Annual report of the Punjab Veterinary College and of the Civil Veterinary Department, Punjab - 1920-1925
Year: 1920
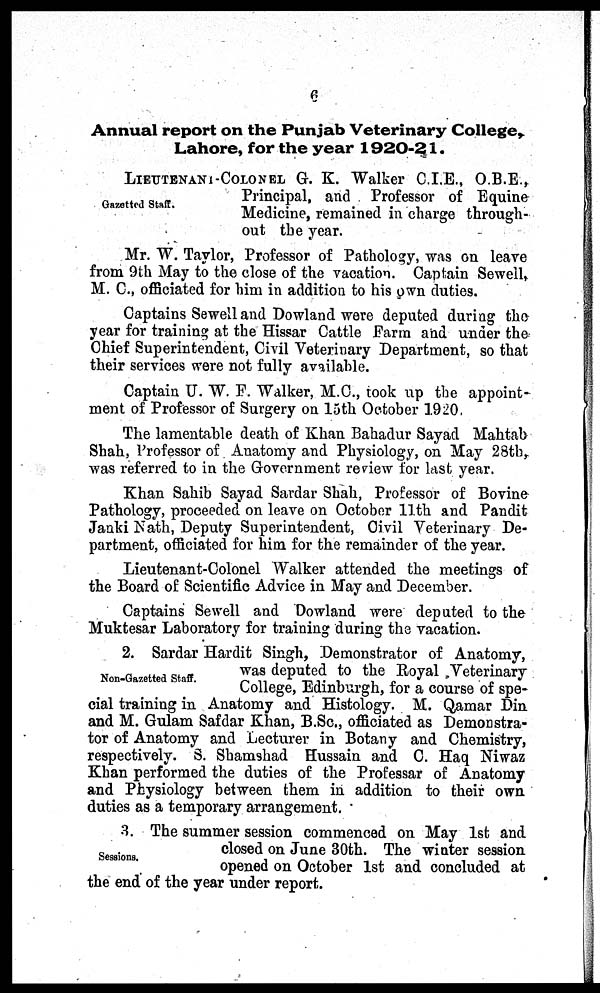
6
Annual report on the Punjab Veterinary College,
Lahore, for the year 1920-21.
Gazetted Staff.
LIEUTENANI- COLONEL G. K. Walker C.I.E., O.B.E.,
Principal, and Professor of Equine
Medicine, remained in charge through-
out the year.
Mr. W. Taylor, Professor of Pathology, was on leave
from 9th May to the close of the vacation. Captain Sewell,
M. C., officiated for him in addition to his own duties.
Captains Sewell and Dowland were deputed during the
year for training at the Hissar Cattle Farm and under the
Chief Superintendent, Civil Veterinary Department, so that
their services were not fully available.
Captain U. W. F. Walker, M.C., took up the appoint-
ment of Professor of Surgery on 15th October 1920
The lamentable death of Khan Bahadur Sayad Mahtab
Shah, Professor of Anatomy and Physiology, on May 28th,
was referred to in the Government review for last year.
Khan Sahib Sayad Sardar Shah, Professor of Bovine
Pathology, proceeded on leave on October 11th and Pandit
Janki Nath, Deputy Superintendent, Civil Veterinary De-
partment, officiated for him for the remainder of the year.
Lieutenant-Colonel Walker attended the meetings of
the Board of: Scientific Advice in May and December.
Captains Sewell and Dowland were deputed to the
Muktesar Laboratory for training during the vacation.
Non-Gazetted Staff.
2. Sardar Hardit Singh, Demonstrator of Anatomy,
was deputed to the Royal Veterinary
College, Edinburgh, for a course of spe-
cial training in Anatomy and Histology. M. Qamar Din
and M. Gulam Safdar Khan, B.Sc., officiated as Demonstra-
tor of Anatomy and Lecturer in Botany and Chemistry,
respectively. S. Shamshad Hussain and C. Haq Niwaz
Khan performed the duties of the Professar of Anatomy
and Physiology between them in addition to their own
duties as a temporary arrangement.
Sessions.
3. The summer session commenced on May 1st and
closed on June 30th. The winter session
opened on October 1st and concluded at
the end of the year under report.